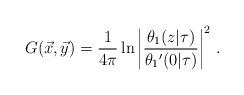
LaTeX: \begin{align*}G(\vec x, \vec y)= {1\over 4\pi} \ln \left| {\theta_1(z|\tau)\over \theta_1{'}(0|\tau)} \right|^2\,.\end{align*}